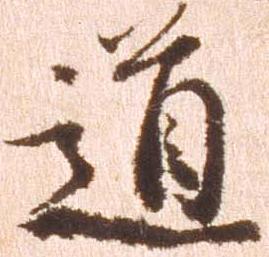
道